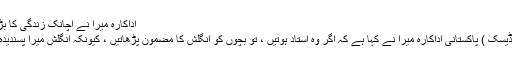
اداکارہ میرا نے اچانک زندگی کا بڑا فیصلہ کرلیا
کراچی (ویب ڈیسک ) پاکستانی اداکارہ میرا نے کہا ہے کہ اگر وہ استاد ہوتیں ، تو بچوں کو انگلش کا مضمون پڑھاتیں ، کیونکہ انگلش میرا پسندیدہ مضمون ہے۔